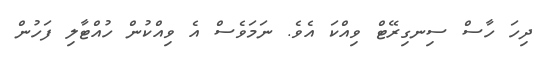
ދިހަ ހާސް ސިނގިރޭޓް ވިއްކަ އެވެ. ނަމަވެސް އެ ވިއްކުން ހުއްޓާލި ފަހުން